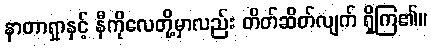
နာတာရှာနှင့် နီကိုလေတို့မှာလည်း တိတ်ဆိတ်လျက် ရှိကြ၏။